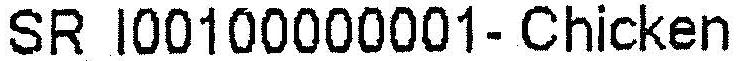
SR I00100000001- CHICKEN